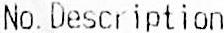
NO. DESCRIPTION